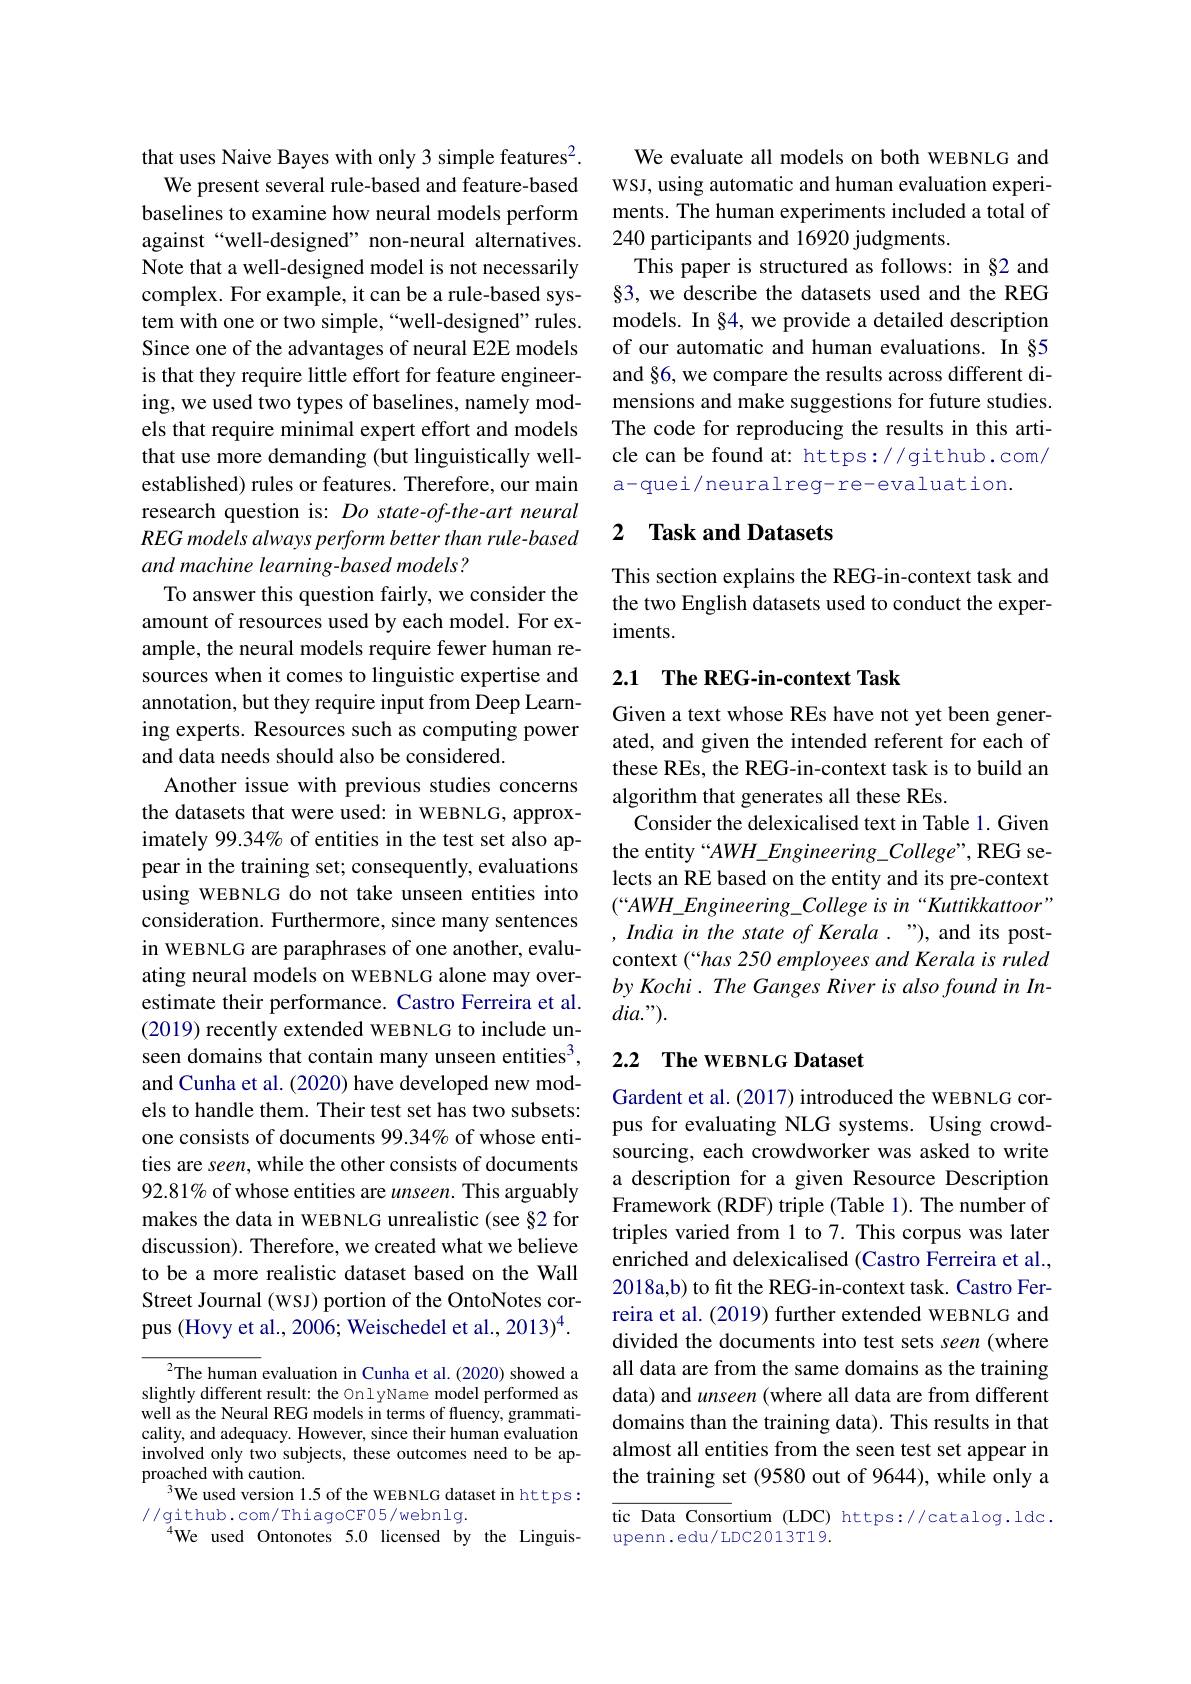
that uses Naive Bayes with only 3 simple features$^{2}.$
We present several rule-based and feature-based baselines to examine how neural models perform against“well-designed” non-neural alternatives. Note that a well-designed model is not necessarily complex. For example, it can be a rule-based system with one or two simple,“well-designed”rules. Since one of the advantages of neural E2E models is that they require little effort for feature engineering, we used two types of baselines, namely models that require minimal expert effort and models that use more demanding (but linguistically wellestablished) rules or features. Therefore, our main research question is: Do state-of-the-art neural REG models always perform better than rule-based and machine learning-based models?
To answer this question fairly, we consider the amount of resources used by each model. For example, the neural models require fewer human resources when it comes to linguistic expertise and annotation, but they require input from Deep Learning experts. Resources such as computing power and data needs should also be considered.
Another issue with previous studies concerns the datasets that were used: in WEBNLG, approximately 99.34% of entities in the test set also appear in the training set; consequently, evaluations using WEBNLG do not take unseen entities into consideration. Furthermore, since many sentences in WEBNLG are paraphrases of one another, evaluating neural models on WEBNLG alone may overestimate their performance. Castro Ferreira et al. (2019) recently extended WEBNLG to include unseen domains that contain many unseen entities$^3$, and Cunha et al. (2020) have developed new models to handle them. Their test set has two subsets: one consists of documents 99.34% of whose entities are seen, while the other consists of documents 92.81% of whose entities are unseen. This arguably makes the data in WEBNLG unrealistic (see §2 for discussion). Therefore, we created what we believe to be a more realistic dataset based on the Wall Street Journal (wsy) portion of the OntoNotes corpus (Hovy et al., 2006; Weischedel et al., 2013)$^4.$

$^{2}$The human evaluation in Cunha et al.(2020) showed a slightly different result: the OnlyName model performed as well as the Neural REG models in terms of fluency, grammaticality, and adequacy. However, since their human evaluation involved only two subjects, these outcomes need to be approached with caution.
We used version 1.5 of the WEBNLG dataset in https:
//github.com/ThiagoCF05/webnlg.
$^{4}$We used Ontonotes 5.0 licensed by the Linguis-

We evaluate all models on both wEBNLG and WSJ, using automatic and human evaluation experiments. The human experiments included a total of 240 participants and 16920 judgments.
This paper is structured as follows: in §2 and §3, we describe the datasets used and the REG models. In §4, we provide a detailed description of our automatic and human evaluations. In §5 and §6, we compare the results across different dimensions and make suggestions for future studies. The code for reproducing the results in this article can be found at: https://github.com/ a-quei/neuralreg-re-evaluation.

## 2 $\textbf{Task and Datasets}$

This section explains the REG-in-context task and the two English datasets used to conduct the experiments.

## 2.1 The REG-in-context Task

Given a text whose REs have not yet been generated, and given the intended referent for each of these REs, the REG-in-context task is to build an algorithm that generates all these REs.
Consider the delexicalised text in Table 1. Given the entity “AWH\_Engineering\_College", REG selects an RE based on the entity and its pre-context $(“AWH\_Engineering\_Collegeisin“Kuttikkattoor”$ , India in the state of Kerala ."), and its postcontext (“has 250 employees and Kerala is ruled by Kochi. The Ganges River is also found in In- $dia.").$

## 2.2 $\textbf{The WEBNLG Dataset}$

Gardent et al. (2017) introduced the wEBNLG corpus for evaluating NLG systems. Using crowdsourcing, each crowdworker was asked to write a description for a given Resource Description Framework (RDF) triple (Table 1). The number of triples varied from 1 to 7. This corpus was later enriched and delexicalised (Castro Ferreira et al., 2018a,b) to fit the REG-in-context task. Castro Ferreira et al. (2019) further extended WEBNLG and divided the documents into test sets seen (where all data are from the same domains as the training data) and unseen (where all data are from different domains than the training data). This results in that almost all entities from the seen test set appear in the training set (9580 out of 9644), while only a

tic Data Consortium (LDC) https://catalog.ldc.
upenn.edu/LDC2013T19.